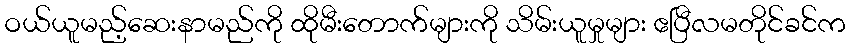
ဝယ်ယူမည့်ဆေးနာမည်ကို ထိုမီးတောက်များကို သိမ်းယူမှုများ ဧပြီလမတိုင်ခင်က